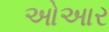
ઓઆર